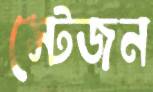
স্টেজন